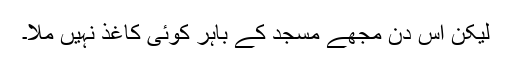
لیکن اس دن مجھے مسجد کے باہر کوئی کاغذ نہیں ملا۔